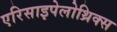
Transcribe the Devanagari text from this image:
एरिसाइपेलोथ्रिक्स